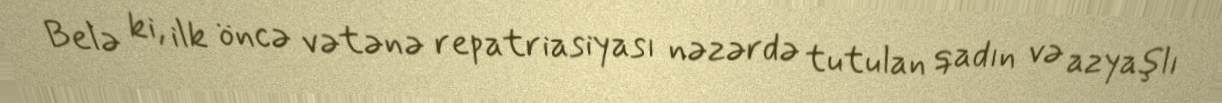
Belə ki, ilk öncə vətənə repatriasiyası nəzərdə tutulan qadın və azyaşlı